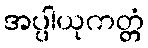
အပ္ပါယုကတ္တံ